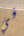
في